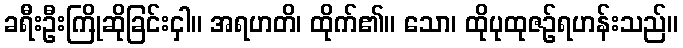
ခရီးဦးကြိုဆိုခြင်းငှါ။ အရဟတိ၊ ထိုက်၏။ သော၊ ထိုပုထုဇဉ်ရဟန်းသည်။